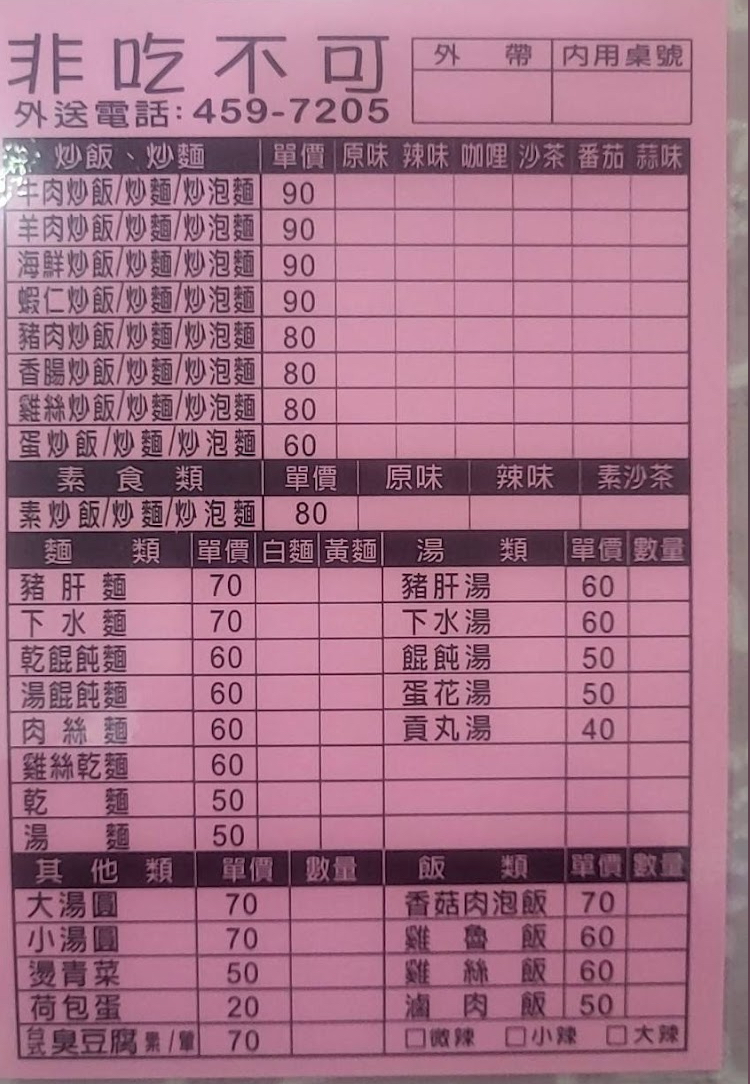
餐廳：非吃不可
電話：459-7205
菜單：
name: 牛肉炒飯/炒麵/炒泡麵(原味/辣味/咖哩/沙茶/番茄/蒜味)
price: 90
name: 羊肉炒飯/炒麵/炒泡麵(原味/辣味/咖哩/沙茶/番茄/蒜味)
price: 90
name: 海鮮炒飯/炒麵/炒泡麵(原味/辣味/咖哩/沙茶/番茄/蒜味)
price: 90
name: 蝦仁炒飯/炒麵/炒泡麵(原味/辣味/咖哩/沙茶/番茄/蒜味)
price: 90
name: 豬肉炒飯/炒麵/炒泡麵(原味/辣味/咖哩/沙茶/番茄/蒜味)
price: 80
name: 香陽炒飯/炒麵/炒泡麵(原味/辣味/咖哩/沙茶/番茄/蒜味)
price: 80
name: 雞絲炒飯/炒麵/炒泡麵(原味/辣味/咖哩/沙茶/番茄/蒜味)
price: 80
name: 蛋炒飯/炒麵/炒泡麵(原味/辣味/咖哩/沙茶/番茄/蒜味)
price: 60
name: 素炒飯/炒麵/炒泡麵(原味/辣味/素沙茶)
price: 80
name: 豬肝麵
price: 70
name: 下水麵
price: 70
name: 乾餛飩麵
price: 60
name: 湯餛飩麵
price: 60
name: 肉絲麵
price: 60
name: 豬肝湯
price: 60
name: 下水湯
price: 60
name: 餛飩湯
price: 50
name: 蛋花湯
price: 50
name: 貢丸湯
price: 40
name: 雞絲乾麵
price: 60
name: 乾麵
price: 50
name: 湯麵
price: 50
name: 大湯圓
price: 70
name: 小湯圓
price: 70
name: 燙青菜
price: 50
name: 荷包蛋
price: 20
name: 台式臭豆腐素/葷
price: 70
name: 香菇肉泡飯
price: 70
name: 雞魯飯
price: 60
name: 雞絲飯
price: 60
name: 滷肉飯
price: 50